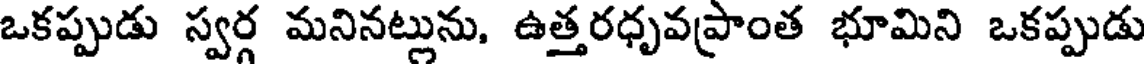
ఒకప్పుడు స్వర్గ మనినట్లును, ఉత్తరధృవప్రాంత భూమిని ఒకప్పుడు